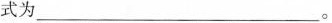
式为___。